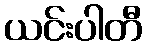
ယင်းပါတီ